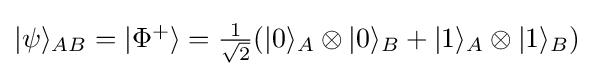
{\textstyle |\psi \rangle _{AB}=|\Phi ^{+}\rangle ={\frac {1}{\sqrt {2}}}(|0\rangle _{A}\otimes |0\rangle _{B}+|1\rangle _{A}\otimes |1\rangle _{B})}